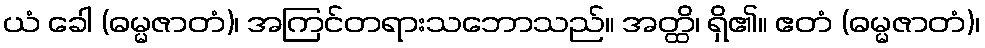
ယံ ခေါ (ဓမ္မဇာတံ)၊ အကြင်တရားသဘောသည်။ အတ္ထိ၊ ရှိ၏။ ဧတံ (ဓမ္မဇာတံ)၊